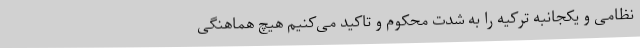
نظامی و یکجانبه ترکیه را به شدت محکوم و تاکید می‌کنیم هیچ هماهنگی